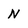
Character: N